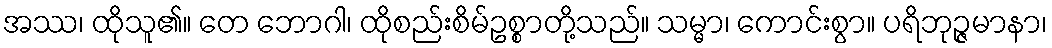
အဿ၊ ထိုသူ၏။ တေ ဘောဂါ၊ ထိုစည်းစိမ်ဥစ္စာတို့သည်။ သမ္မာ၊ ကောင်းစွာ။ ပရိဘုဉ္ဇမာနာ၊